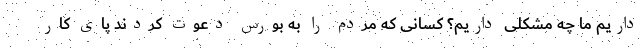
داریم ما چه مشکلی داریم؟ کسانی که مردم را به بورس دعوت کردند پای کار